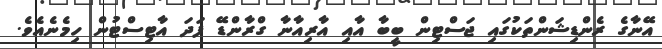
އޭނާގެ ރެންޑިޝަންތަކުގައި ޖަސްޓިން ބީބާ އާއި އާރިއާނާ ގްރާންޑޭ ފަދަ އާޓިސްޓުން ހިމެނެއެވެ.